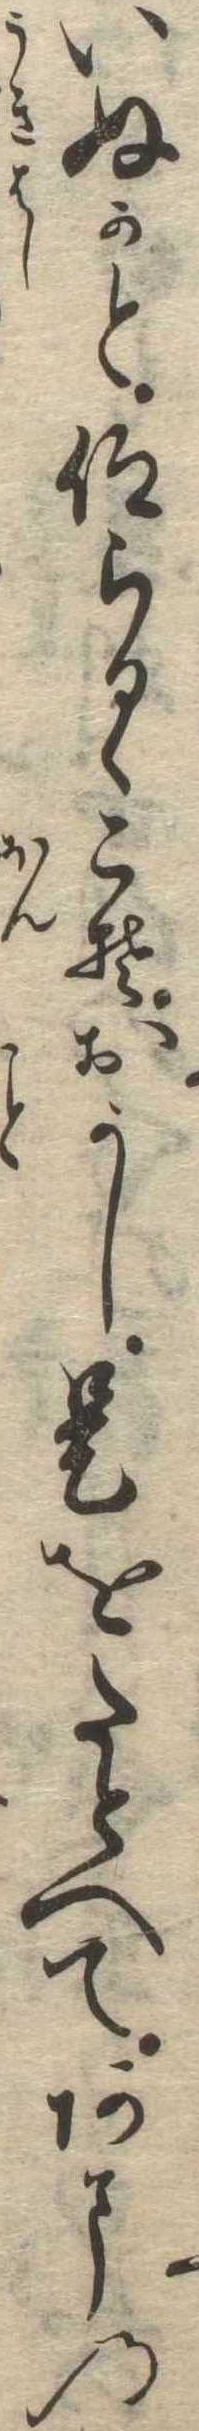
いぬかと仰らるゝこそおかし是をたとへてあまの